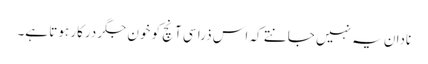
نادان یہ نہیں جانتے کہ اس ذرا سی آنچ کو خون جگر درکار ہوتا ہے۔